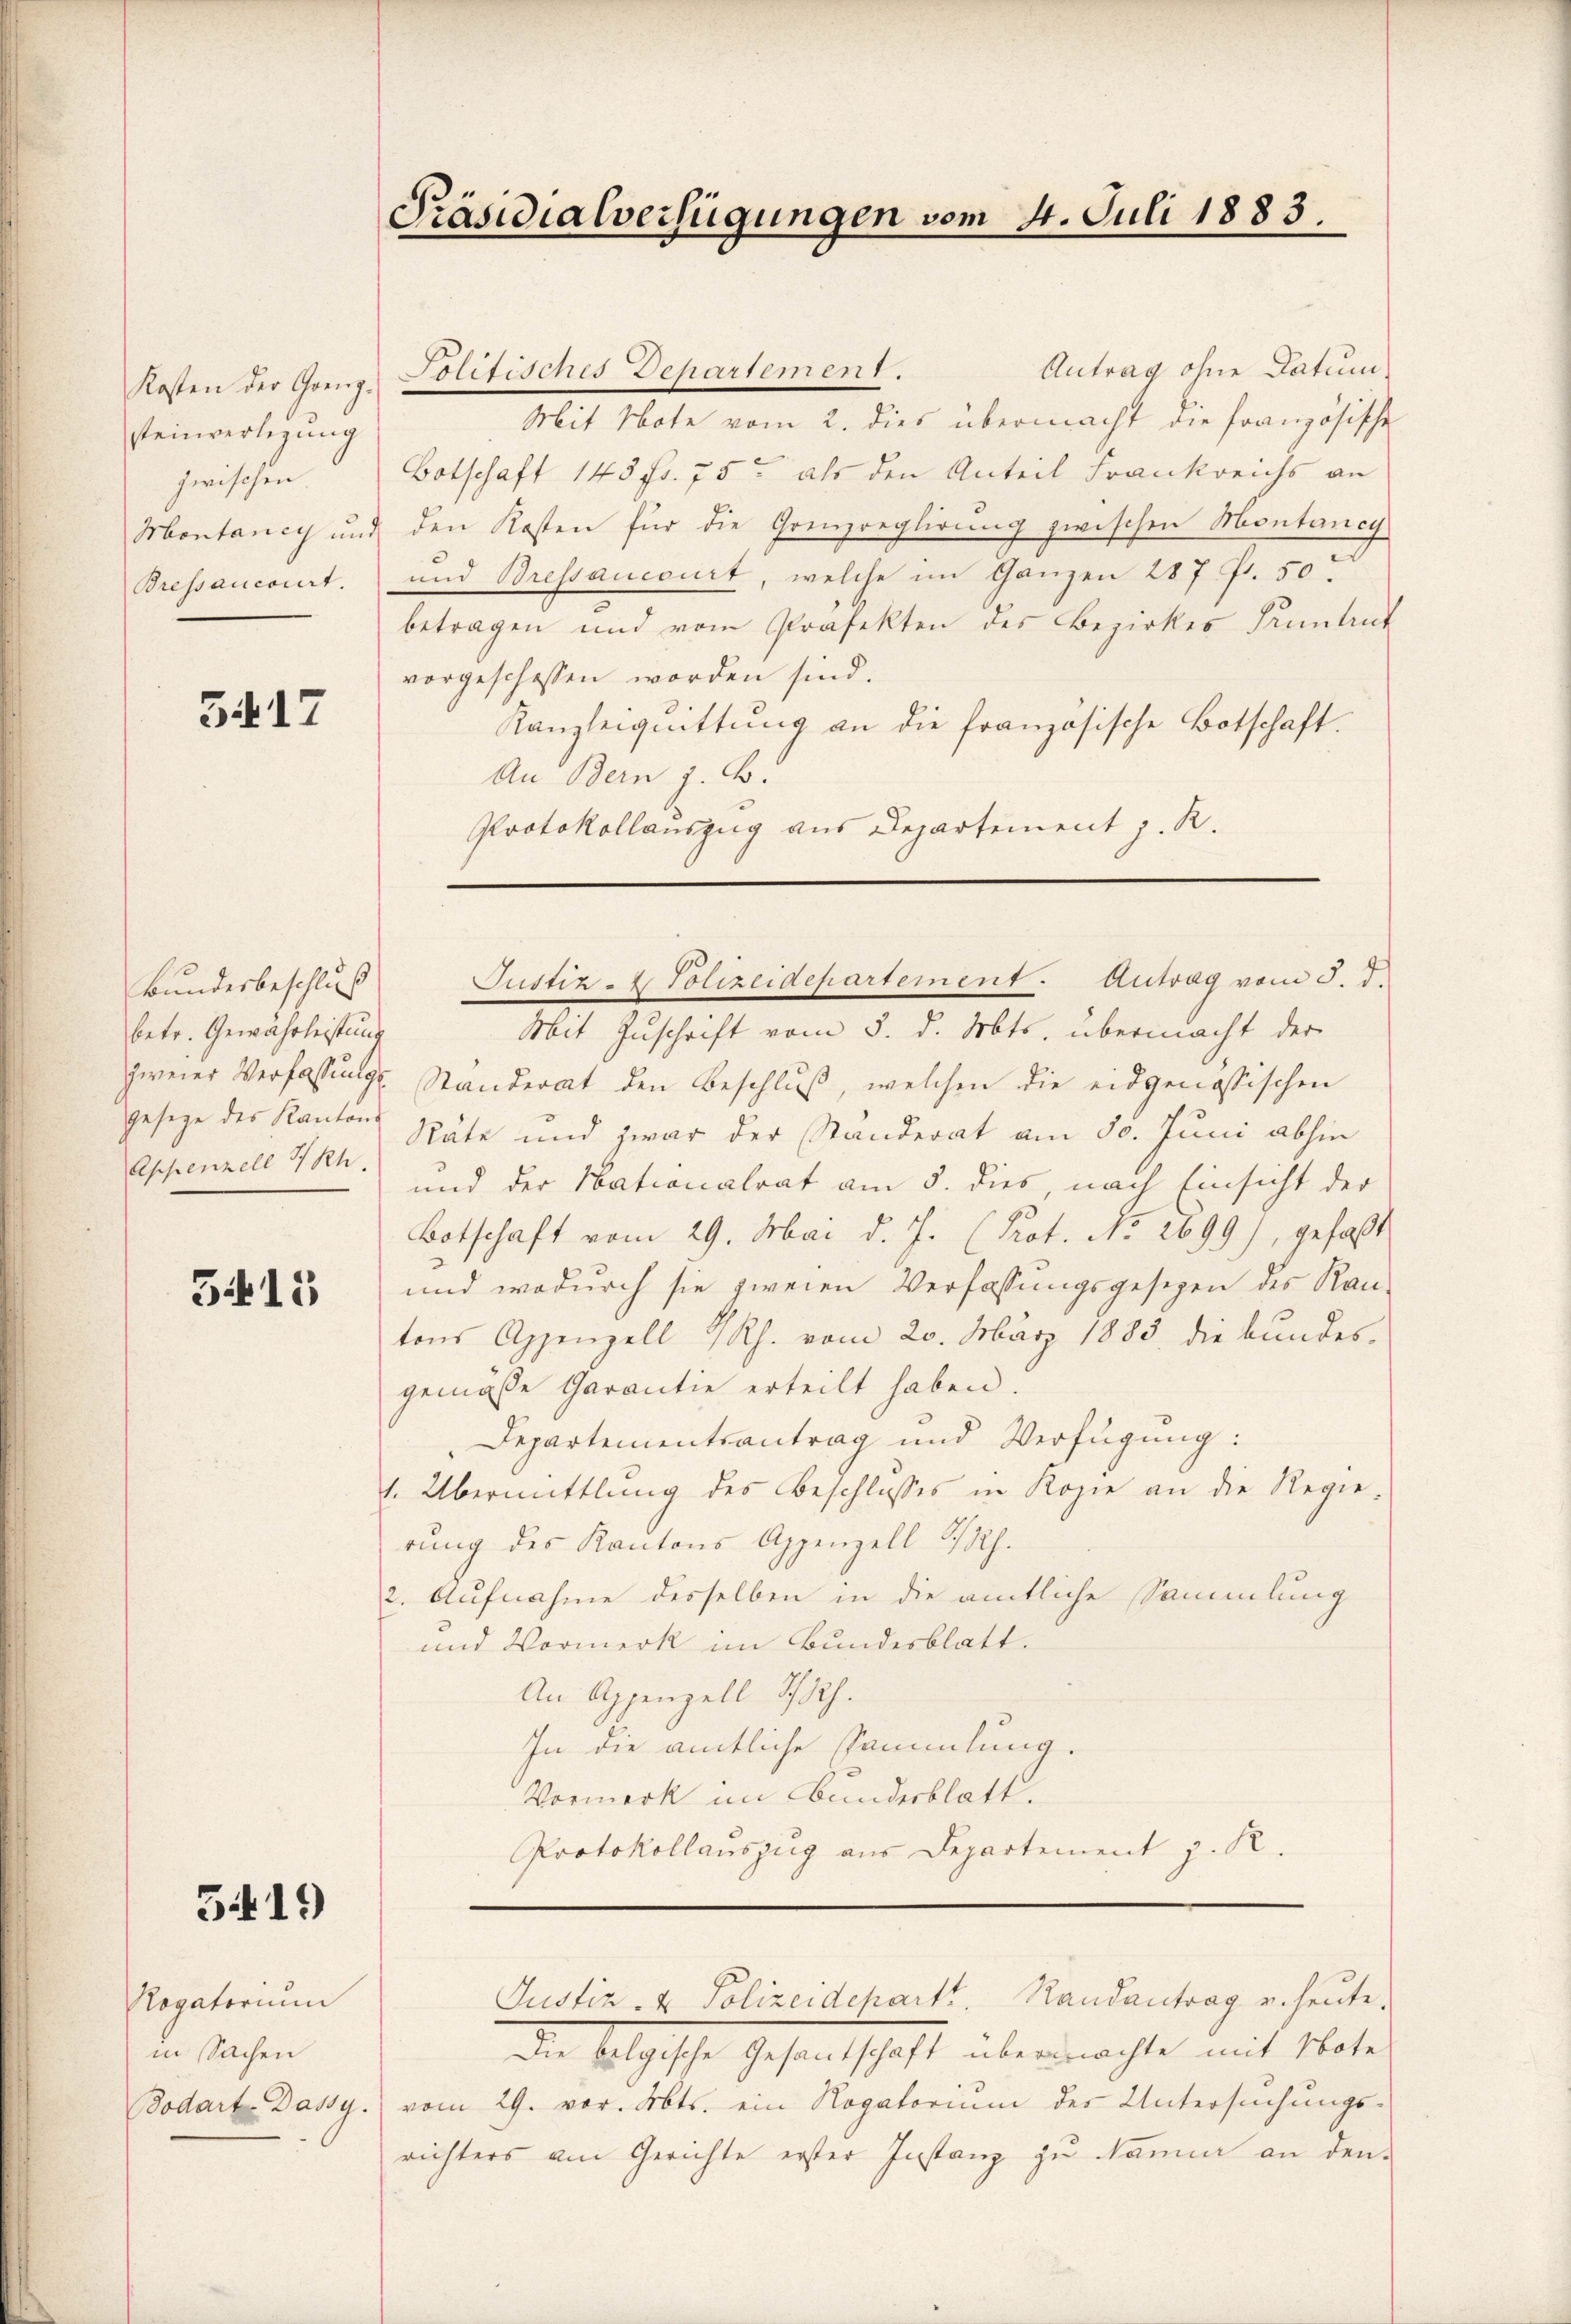
Kosten der Grenz-
steinverlegung
zwischen.
Montaney und
Bressancocirt.

5417

betr. Gewährleistung
Appenzell I/Rh.

3415

5419

Rogatorium
in Sachen

Präsidialverfügungen vom 4. Juli 1883.

Antrag ohne Datum
Politisches-Departement.
Mit Note vom 2. dies übermacht die französische
Botschaft 145 fr. 75 als den Anteil Frankreichs an
den Kosten für die Grenzreglirung zwischen Montaney
und Bressancourt, welche im Ganzen 287 fr. 50
betragen und vom Präfekten des Bezirkes Pruntrut
vorgeschossen worden sind.
Kanzleiquittung an die französische Botschaft.
An Bern z. B.
Protokollauszug aus Departement z. R.

Bŭndesbeschlŭβ Justiz- & Polizeidepartement. Antrag vom 5. d.

Justiz- & Polizeidepartt. Randantrag u. heute.

Mit Zuschrift vom 5. d. Mts. übermacht der
zweier Verfassung. Ständerat den Beschluß, welchen die eidgenössischen
geseze der Kanton Späte und zwar der Standerat am 30. Juni abhin
und der Nationalrat am 5. dies, nach Einsicht der
Botschaft vom 29. Mai d. J. (Prot. No 2699), gefaßt
und wodurch sie zweien Verfassungsgesezen des Rau-
tons Appenzell I/Rh. vom 20. März 1883 die bundes.
gemäße Garantie erteilt haben.
Departementsantrag und Verfügung:
1. Übermittlung des Beschlosses in Kopie an die Regie-
rung des Kantons Appenzell I/Rh.
2. Aufnahme desselben in die amtliche Sammlung
und Vormerk im Bundesblatt.
An Appenzell I.Rh.
In die amtliche Sammlung.
Vormerk im Bundesblatt.
Protokollauszug aus Departement z. R.

Die Folgesche Gesandtschaft übermachte mit Mate
Bodart Dassy vom 29. vor. Abts. ein Rogatorium der Untersuchungs-
richters am Gerichte erster Instanz zu Name an den